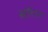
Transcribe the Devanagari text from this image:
सॉटन